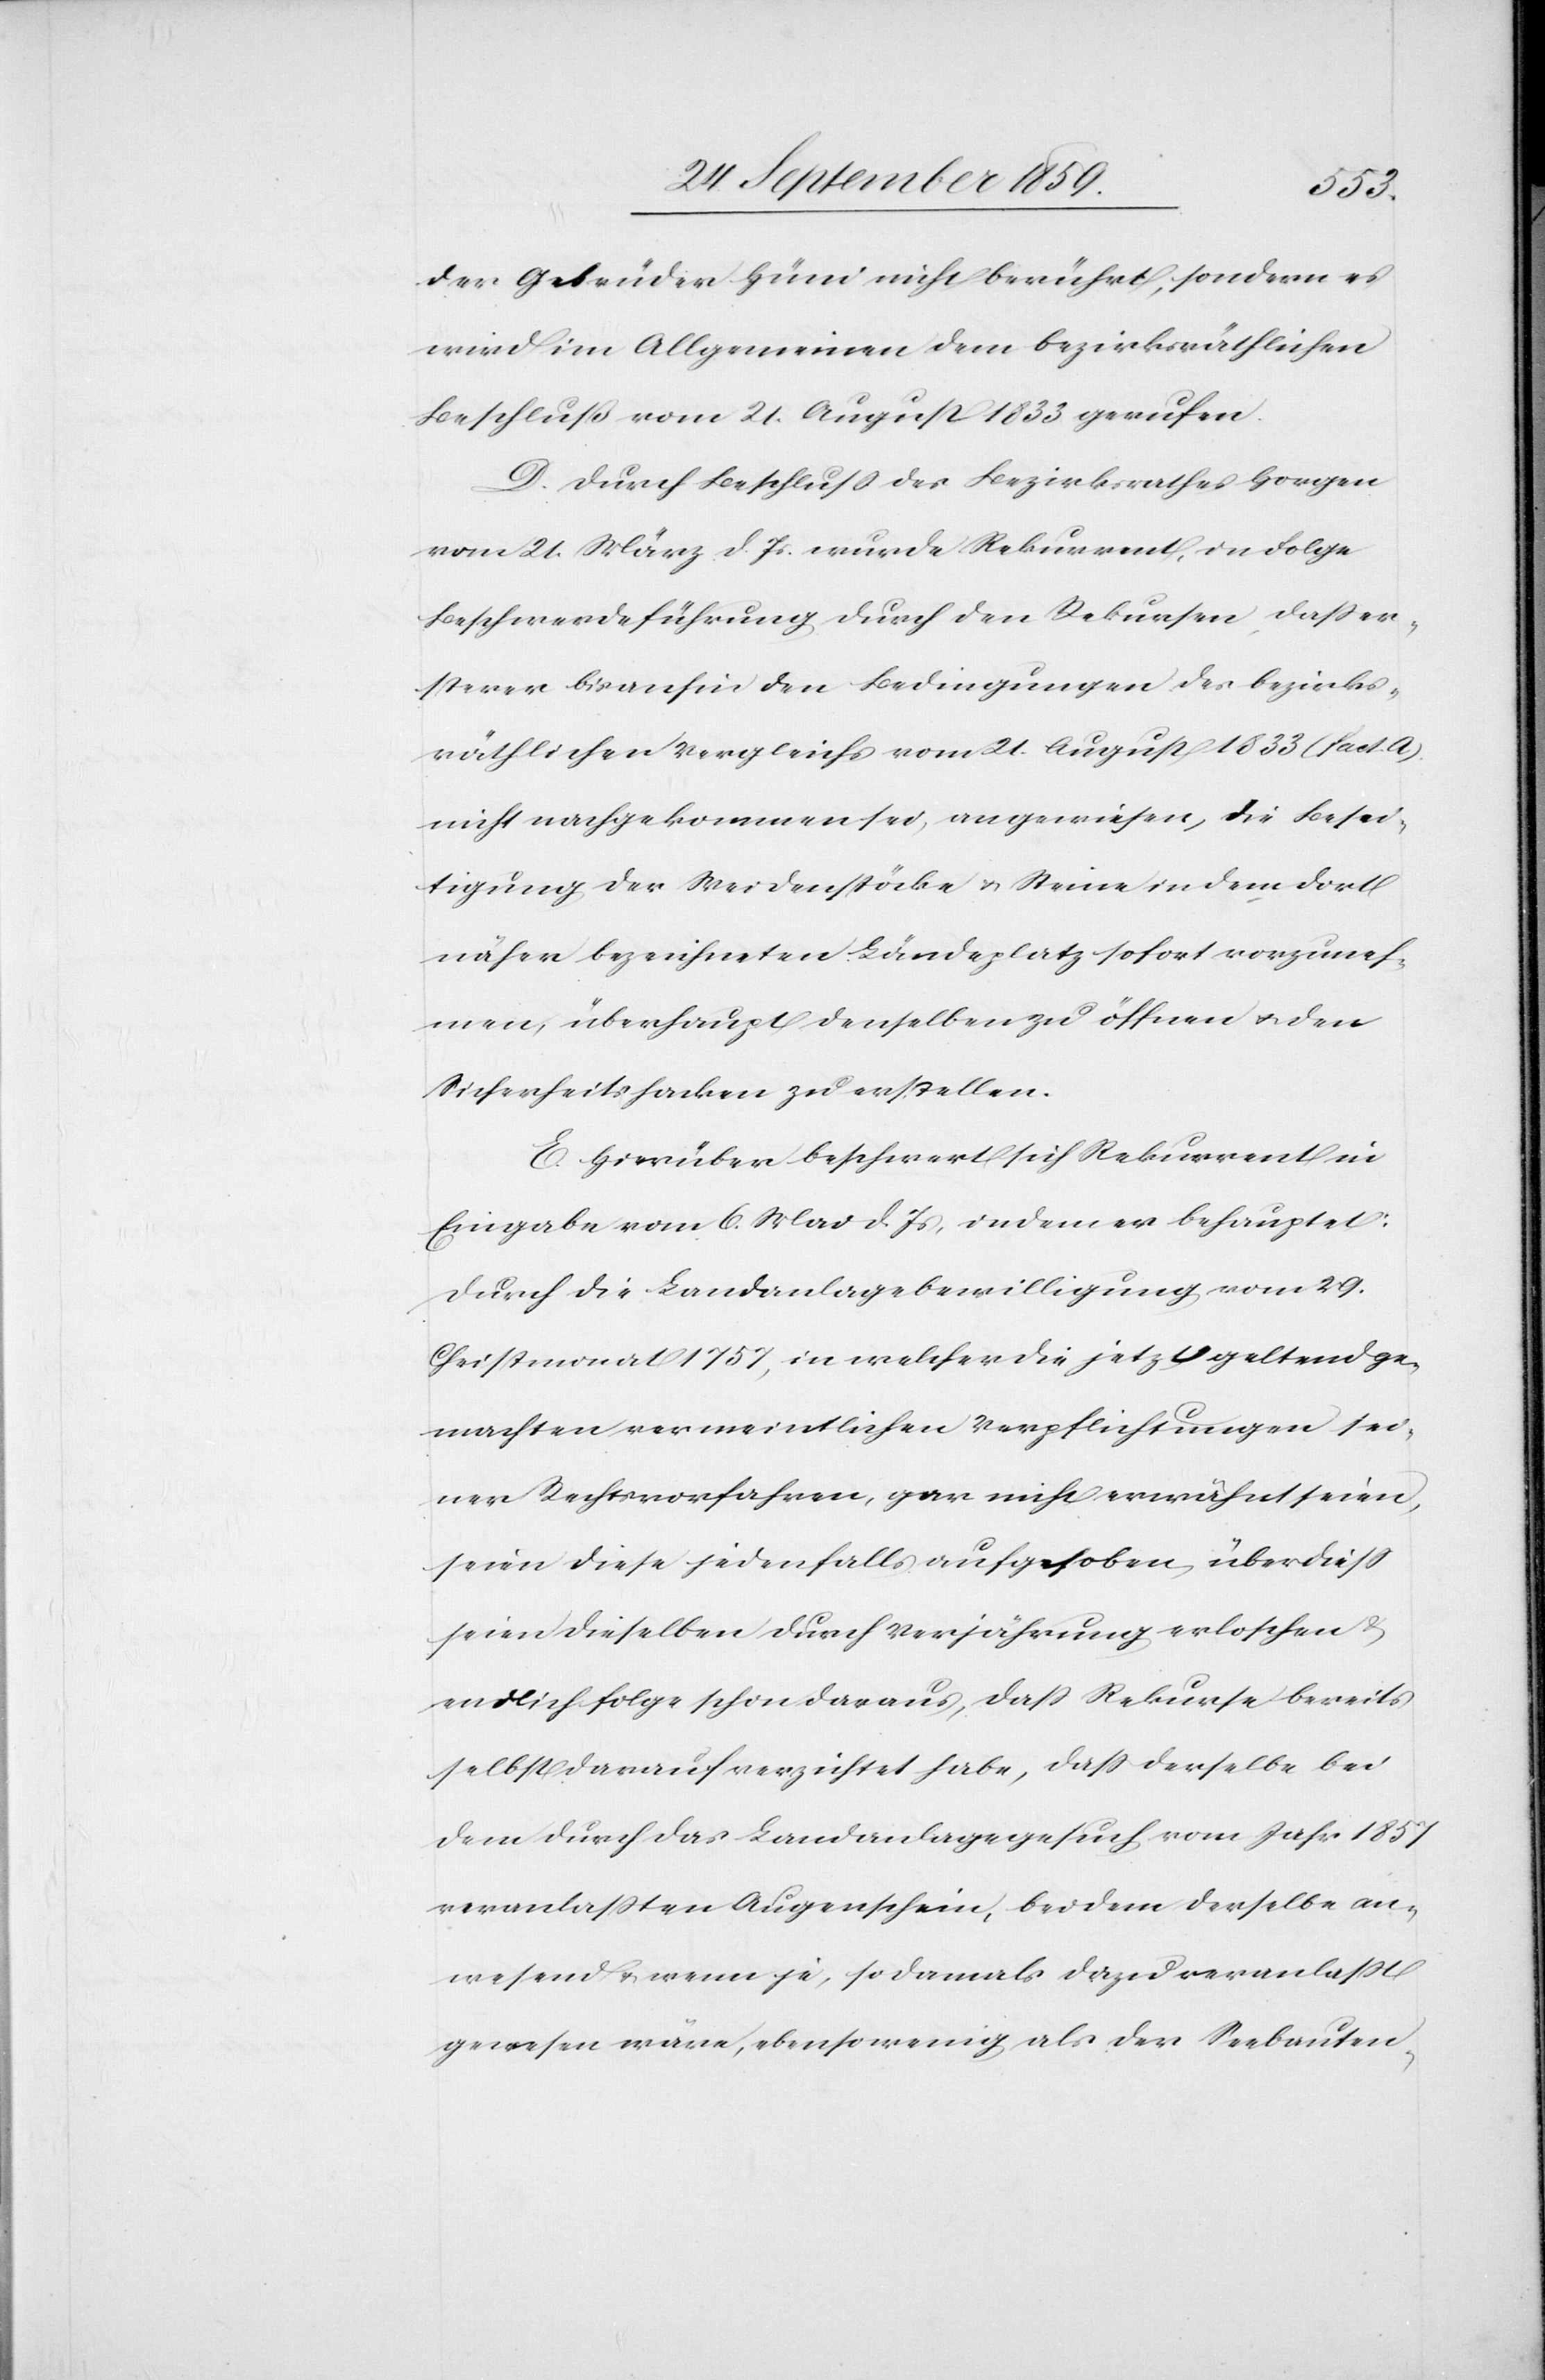
der Gebrüder Hüni nicht berührt, sondern es
wird im Allgemeinen dem bezirksräthlichen
Beschluß vom 21. August 1833 gerufen.
D. Durch Beschluß des Bezirksrathes Horgen
vom 21. März d. Js. wurde Rekurrent, in Folge
Beschwerdeführung durch den Rekursen, daß er¬
sterer bisanhin den Bedingungen des bezirks¬
räthlichen Vergleichs vom 21. August 1833 (fact. A)
nicht nachgekommen sei, angewiesen, die Besei¬
tigung der Weidenstöcke & Steine in dem dort
näher bezeichneten Ländeplatz [sic!] sofort vorzuneh¬
men, überhaupt denselben zu öffnen & den
Sicherheitshacken zu erstellen.
E. Hierüber beschwert sich Rekurrent in
Eingabe vom 6. Mai d. Js., indem er behauptet:
Durch die Landanlagebewilligung vom 29.
Christmonat 1757, in welcher die jetzt geltend ge¬
machten vermeintlichen Verpflichtungen sei¬
ner Rechtsvorfahren, gar nicht erwähnt seien,
seien diese jedenfalls aufgehoben, überdieß
seien dieselben durch Verjährung erloschen &
endlich folge schon daraus, daß Rekurse bereits
selbst darauf verzichtet habe, daß derselbe bei
dem durch das Landanlagegesuch vom Jahr 1857
veranlaßten Augenschein, bei dem derselbe an¬
wesend & wenn je, so damals dazu veranlaßt
gewesen wäre, ebenso wenig als der Seebauten-